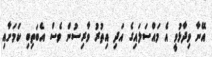
އޭނާ ވިދާޅުވީ އެ މައްސަލައިގެ އަދި އިތުރު ވާރިސުން ވެސް އެބަތިބި ކަމަށާއި